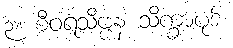
၃။ စီဝရသိဗ္ဗန သိက္ခာပုဒ်